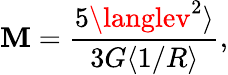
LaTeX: \mathbf{M}=\frac{{5\langlev^{2}\rangle}}{{3G\langle1/R\rangle}},